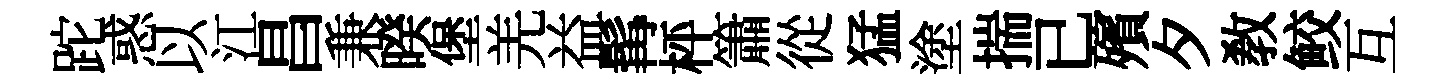
跎惑以江昌兼暌堡羌益髯枰簫從猛塗揣已殯夕敎鲛互